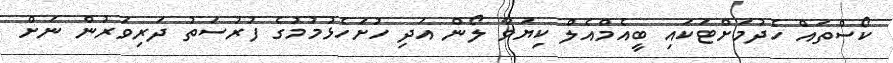
ކޯސްތައް ހެދުމަށްޓަކައި ބީއެމްއެލް ކިޔަވާ ލޯން އަދި ހުށަހެޅުމުމުގެ ފުރުސަތު ދަރިވަރުން ނަށް